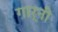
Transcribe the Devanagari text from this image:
गार्नी